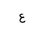
Letter: _ayn